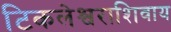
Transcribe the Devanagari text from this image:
टिकलेश्वराशिवाय